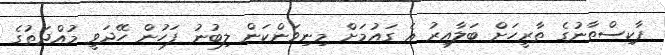
ޕާކިސްތާނުގެ ތާރީހަށް ބަލާއިރު އެ ގައުމަށް މިނިވަންކަން ލިބުނު ފަހުން ހޭދަވީ މުއްދަތުގެ